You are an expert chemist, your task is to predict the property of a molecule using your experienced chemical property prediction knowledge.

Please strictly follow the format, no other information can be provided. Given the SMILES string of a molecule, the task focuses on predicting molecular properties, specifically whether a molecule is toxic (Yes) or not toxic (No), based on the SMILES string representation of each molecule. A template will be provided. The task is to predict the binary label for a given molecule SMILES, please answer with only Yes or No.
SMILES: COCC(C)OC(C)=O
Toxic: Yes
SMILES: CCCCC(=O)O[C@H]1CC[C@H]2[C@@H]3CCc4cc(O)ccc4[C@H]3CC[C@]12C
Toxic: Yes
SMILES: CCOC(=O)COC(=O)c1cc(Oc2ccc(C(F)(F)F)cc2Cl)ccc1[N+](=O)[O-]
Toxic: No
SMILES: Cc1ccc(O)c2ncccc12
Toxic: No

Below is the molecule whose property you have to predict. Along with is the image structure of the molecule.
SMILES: CC(=O)OC(C)c1ccccc1
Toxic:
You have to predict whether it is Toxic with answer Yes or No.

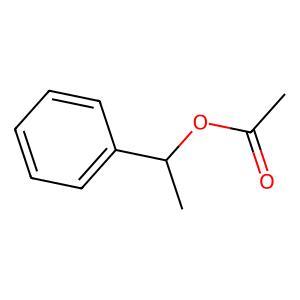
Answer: No